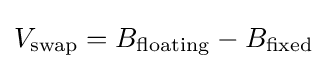
V_{\mathrm {swap} }=B_{\mathrm {floating} }-B_{\mathrm {fixed} }